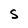
Character: S